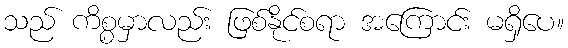
သည် ကိစ္စမှာလည်း ဖြစ်နိုင်စရာ အကြောင်း မရှိပေ။